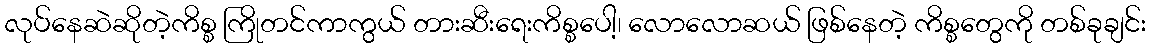
လုပ်နေဆဲဆိုတဲ့ကိစ္စ ကြိုတင်ကာကွယ် တားဆီးရေးကိစ္စပေါ့၊ လောလောဆယ် ဖြစ်နေတဲ့ ကိစ္စတွေကို တစ်ခုချင်း